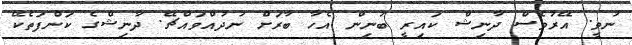
ނުވީ. އޭރުވެސް ދާނިޝް ކައިރީ ބުނިން އެހާ ބާރަށް ނުދުއްވައްޗޭ. ދާނިޝްގެ ކަންފަތެކޭ